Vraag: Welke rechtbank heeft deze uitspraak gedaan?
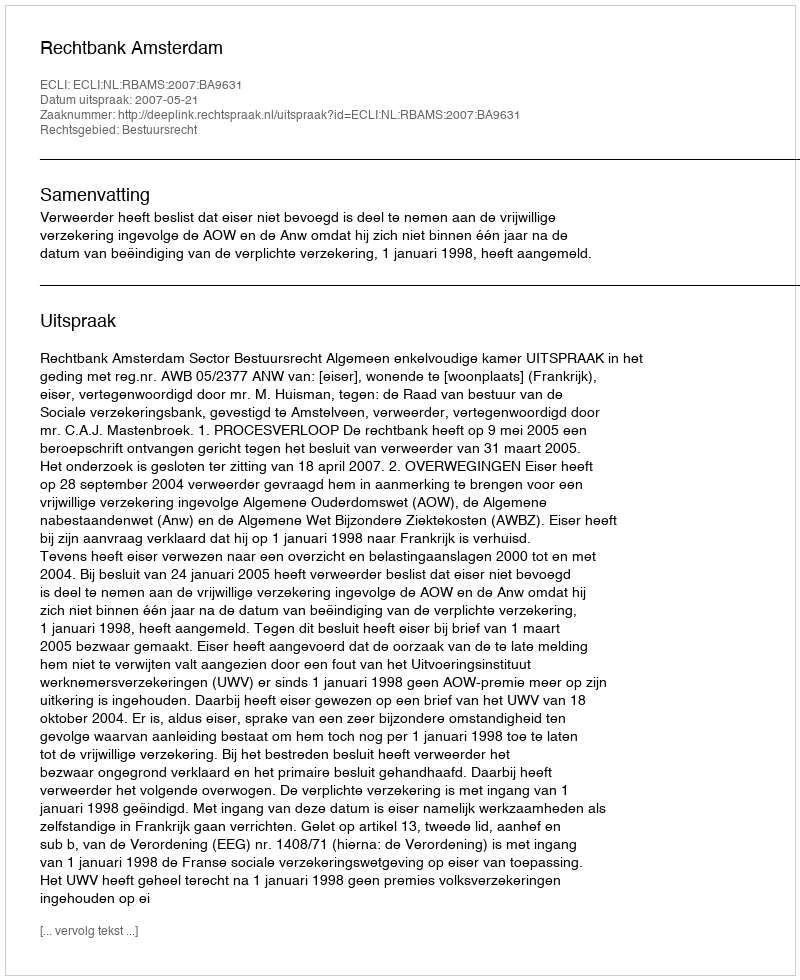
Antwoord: Rechtbank Amsterdam